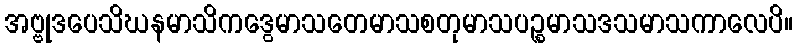
အဗ္ဗုဒပေသိဃနမာသိကဒွေမာသတေမာသစတုမာသပဉ္စမာသဒသမာသကာလေပိ။